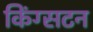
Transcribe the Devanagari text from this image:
किंग्‍सटन